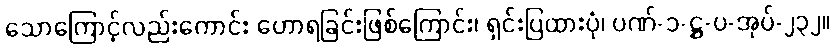
သောကြောင့်လည်းကောင်း ဟောရခြင်းဖြစ်ကြောင်း၊ ရှင်းပြထားပုံ၊ ပဏ်-၁-ဋ္ဌ-ပ-အုပ်-၂၃၂။